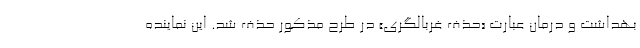
بهداشت و درمان عبارت «حذف غربالگری» در طرح مذکور حذف شد. این نماینده